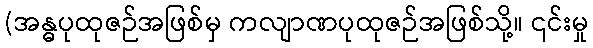
(အန္ဓပုထုဇဉ်အဖြစ်မှ ကလျာဏပုထုဇဉ်အဖြစ်သို့။ ၎င်းမှု